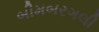
બીમબરગલી